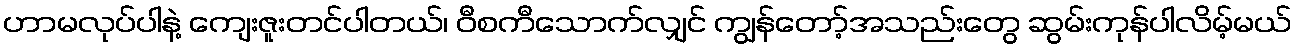
ဟာမလုပ်ပါနဲ့ ကျေးဇူးတင်ပါတယ်၊ ဝီစကီသောက်လျှင် ကျွန်တော့်အသည်းတွေ ဆွမ်းကုန်ပါလိမ့်မယ်